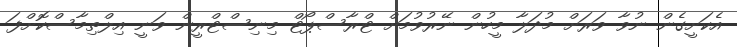
އެކަށީގެން ނުވާ ވަރަށް މުދަލާ މީހުން ނޭރުވުމަށް ޓްރާސްޕޯޓް މިނިސްޓްރީން ވަނީ އިލްތިމާސްކޮށްފަ